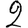
Digit: 2